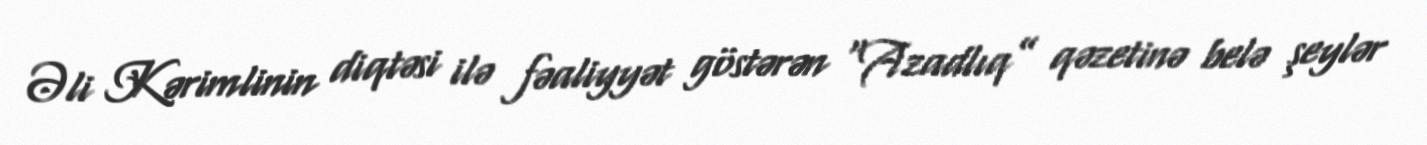
Əli Kərimlinin diqtəsi ilə fəaliyyət göstərən “Azadlıq” qəzetinə belə şeylər